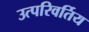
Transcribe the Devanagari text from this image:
उत्परिवर्तिय